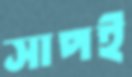
সাপই